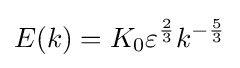
E(k)=K_{0}\varepsilon ^{\frac {2}{3}}k^{-{\frac {5}{3}}}